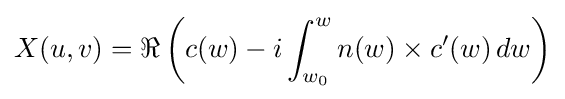
X(u,v)=\Re \left(c(w)-i\int _{w_{0}}^{w}n(w)\times c'(w)\,dw\right)